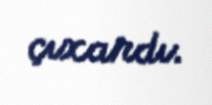
çıxardı.